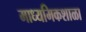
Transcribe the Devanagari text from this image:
माध्यमिकशाळा